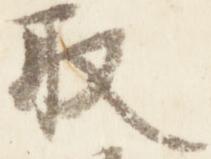
取